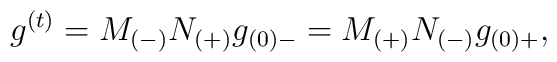
g^{(t)}= M_{(-)}N_{(+)}g_{(0)-}=M_{(+)}N_{(-)}g_{(0)+},